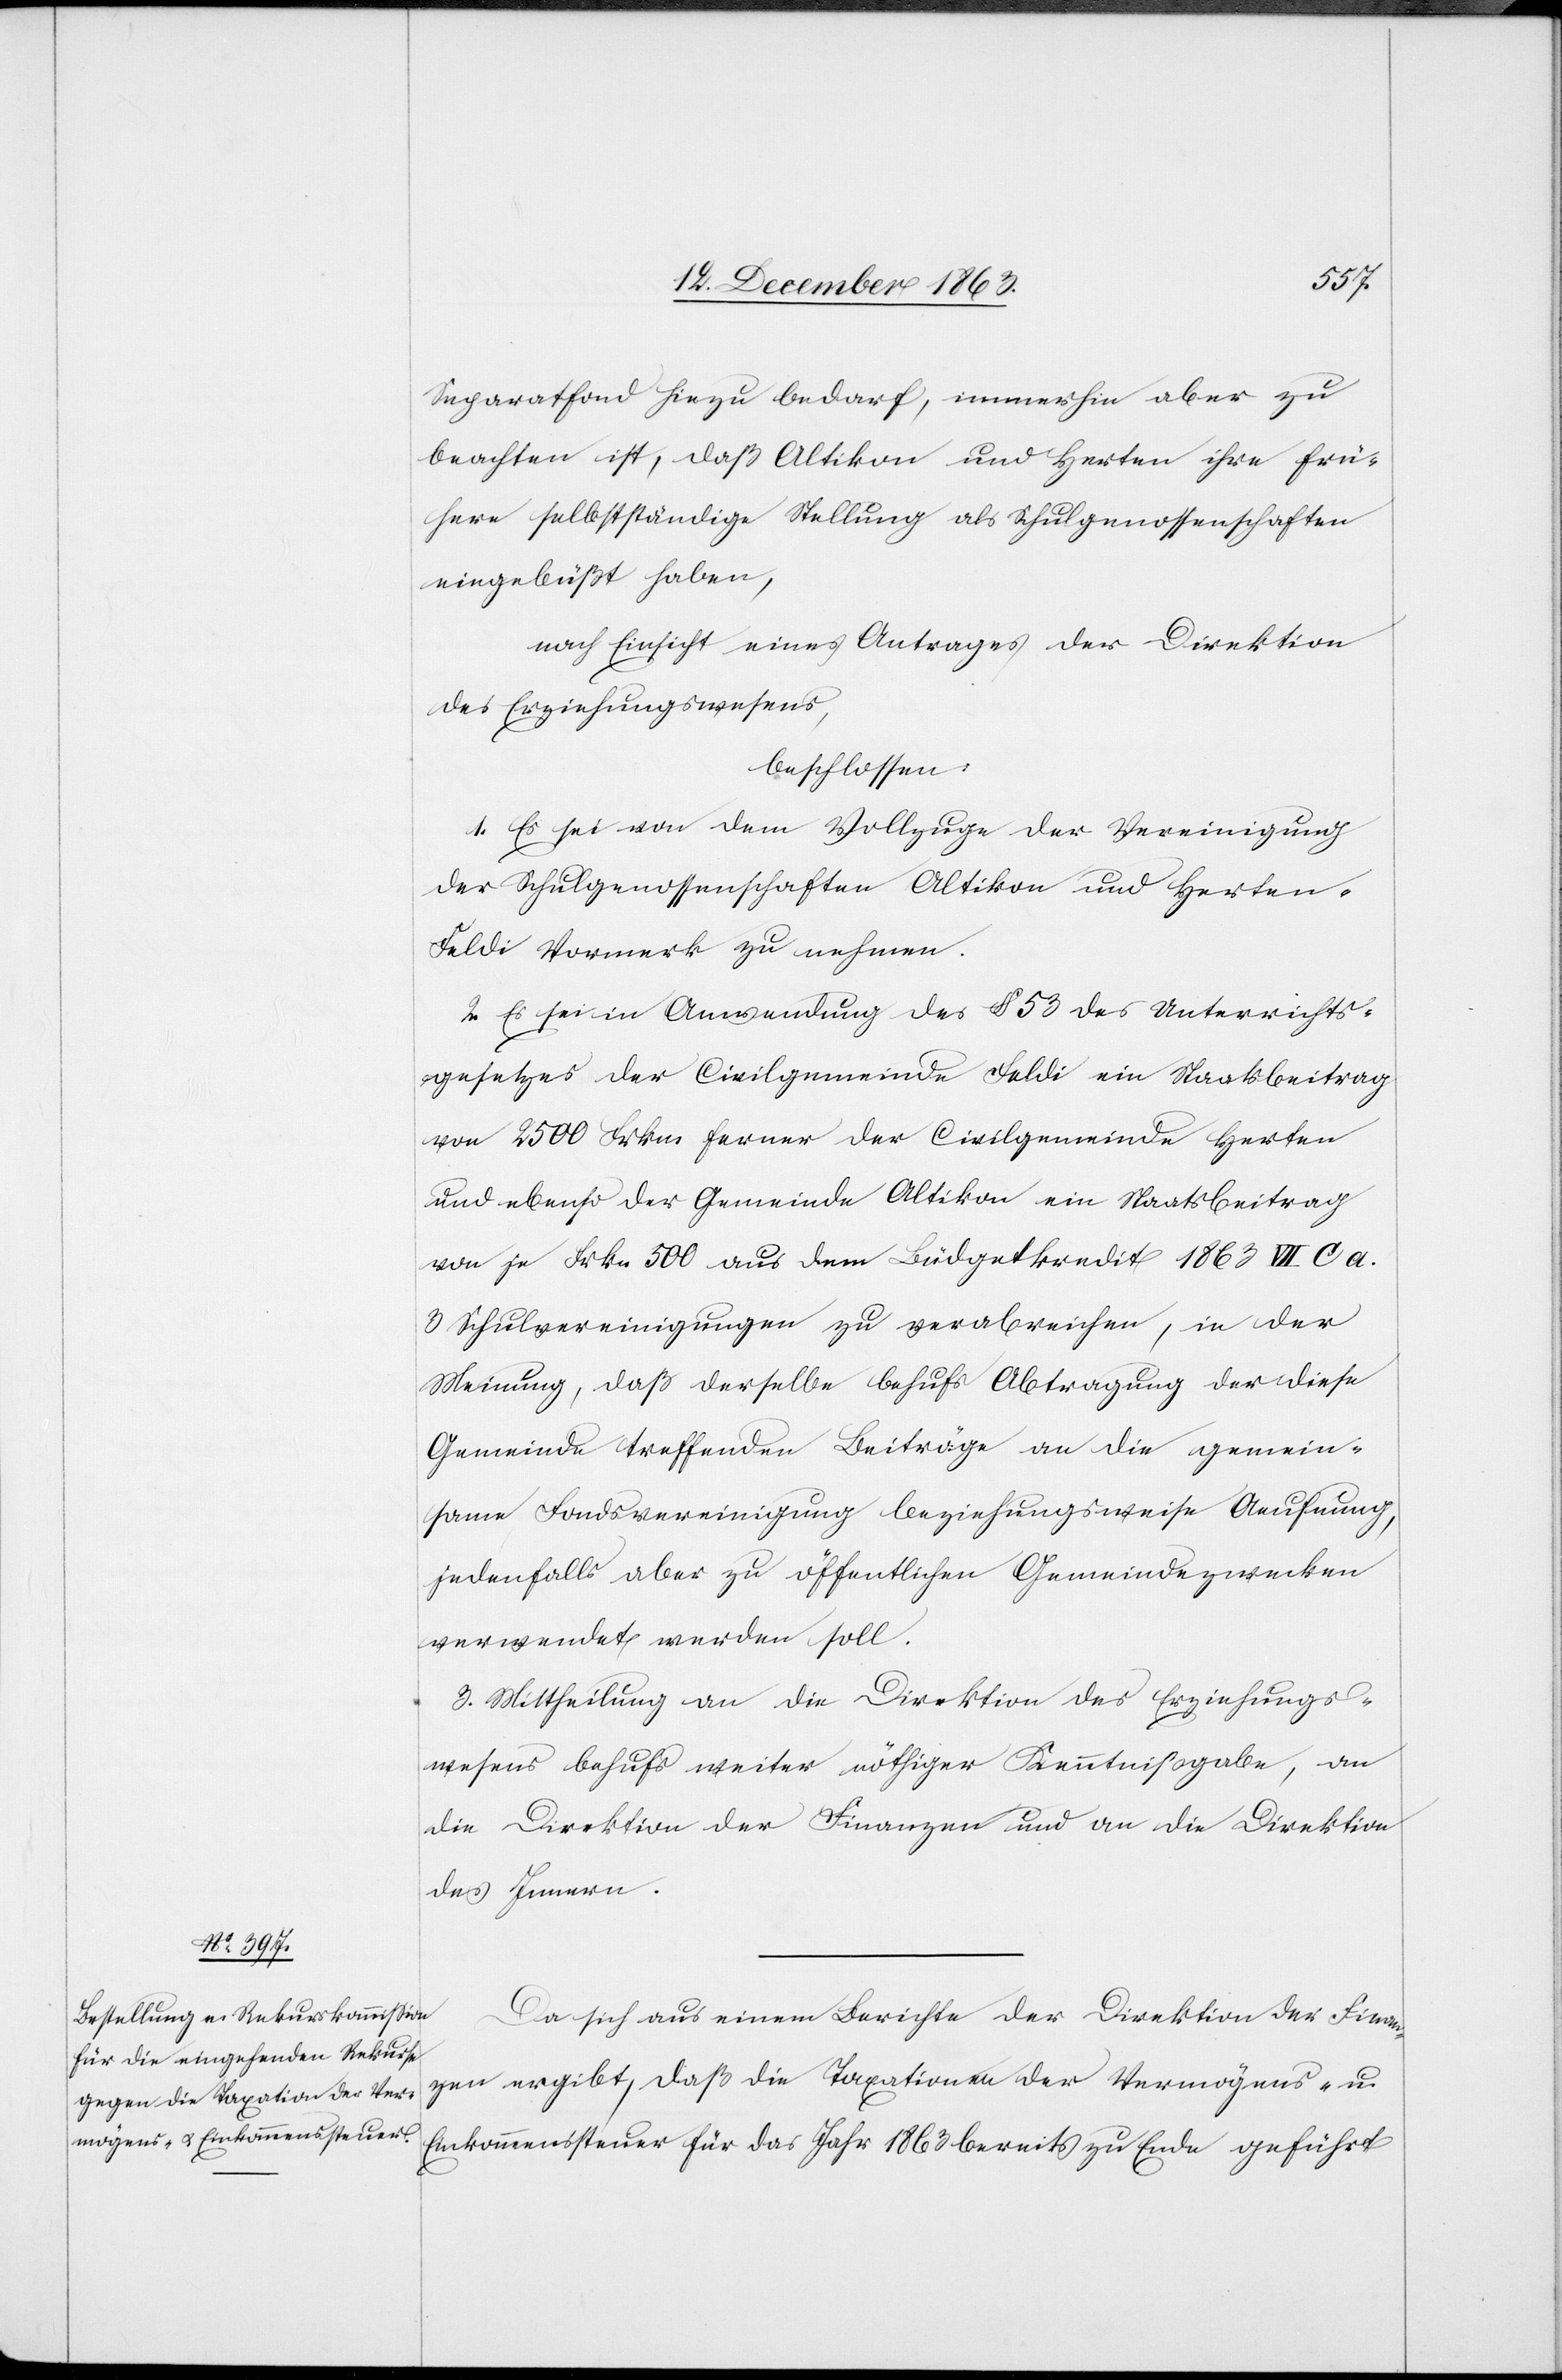
Separatfond hiezu bedarf, immerhin aber zu
beachten ist, daß Altikon und Herten ihre frü¬
here selbstständige Stellung als Schulgenossenschaften
eingebüßt haben,
nach Einsicht eines Antrages der Direktion
des Erziehungswesens,
beschlossen:
1. Es sei von dem Vollzuge der Vereinigung
der Schulgenossenschaften Altikon und Herten-F¬
eldi Vormerk zu nehmen.
2. Es sei in Anwendung des § 53 des Unterrichts¬
gesetzes der Civilgemeinde Feldi ein Staatsbeitrag
von 2500 Frkn. ferner der Civilgemeinde Herten
und ebenso der Gemeinde Altikon ein Staatsbeitrag
von je Frkn 500 aus dem Büdgetkredit 1863 VII C a.
3 Schulvereinigungen zu verabreichen, in der
Meinung, daß derselbe behufs Abtragung der diese
Gemeinde treffenden Beiträge an die gemein¬
same Fondsvereinigung beziehungsweise Aeufnung,
jedenfalls aber zu öffentlichen Gemeindezwecken
verwendet werden soll.
3. Mittheilung an die Direktion des Erziehungs¬
wesens behufs weiter nöthiger Kenntnißgabe, an
die Direktion der Finanzen und an die Direktion
des Innern.
Da sich aus einem Berichte der Direktion der Finan¬
zen ergibt, daß die Taxationen der Vermögens- u.
Einkommenssteuer für das Jahr 1863 bereits zu Ende geführt